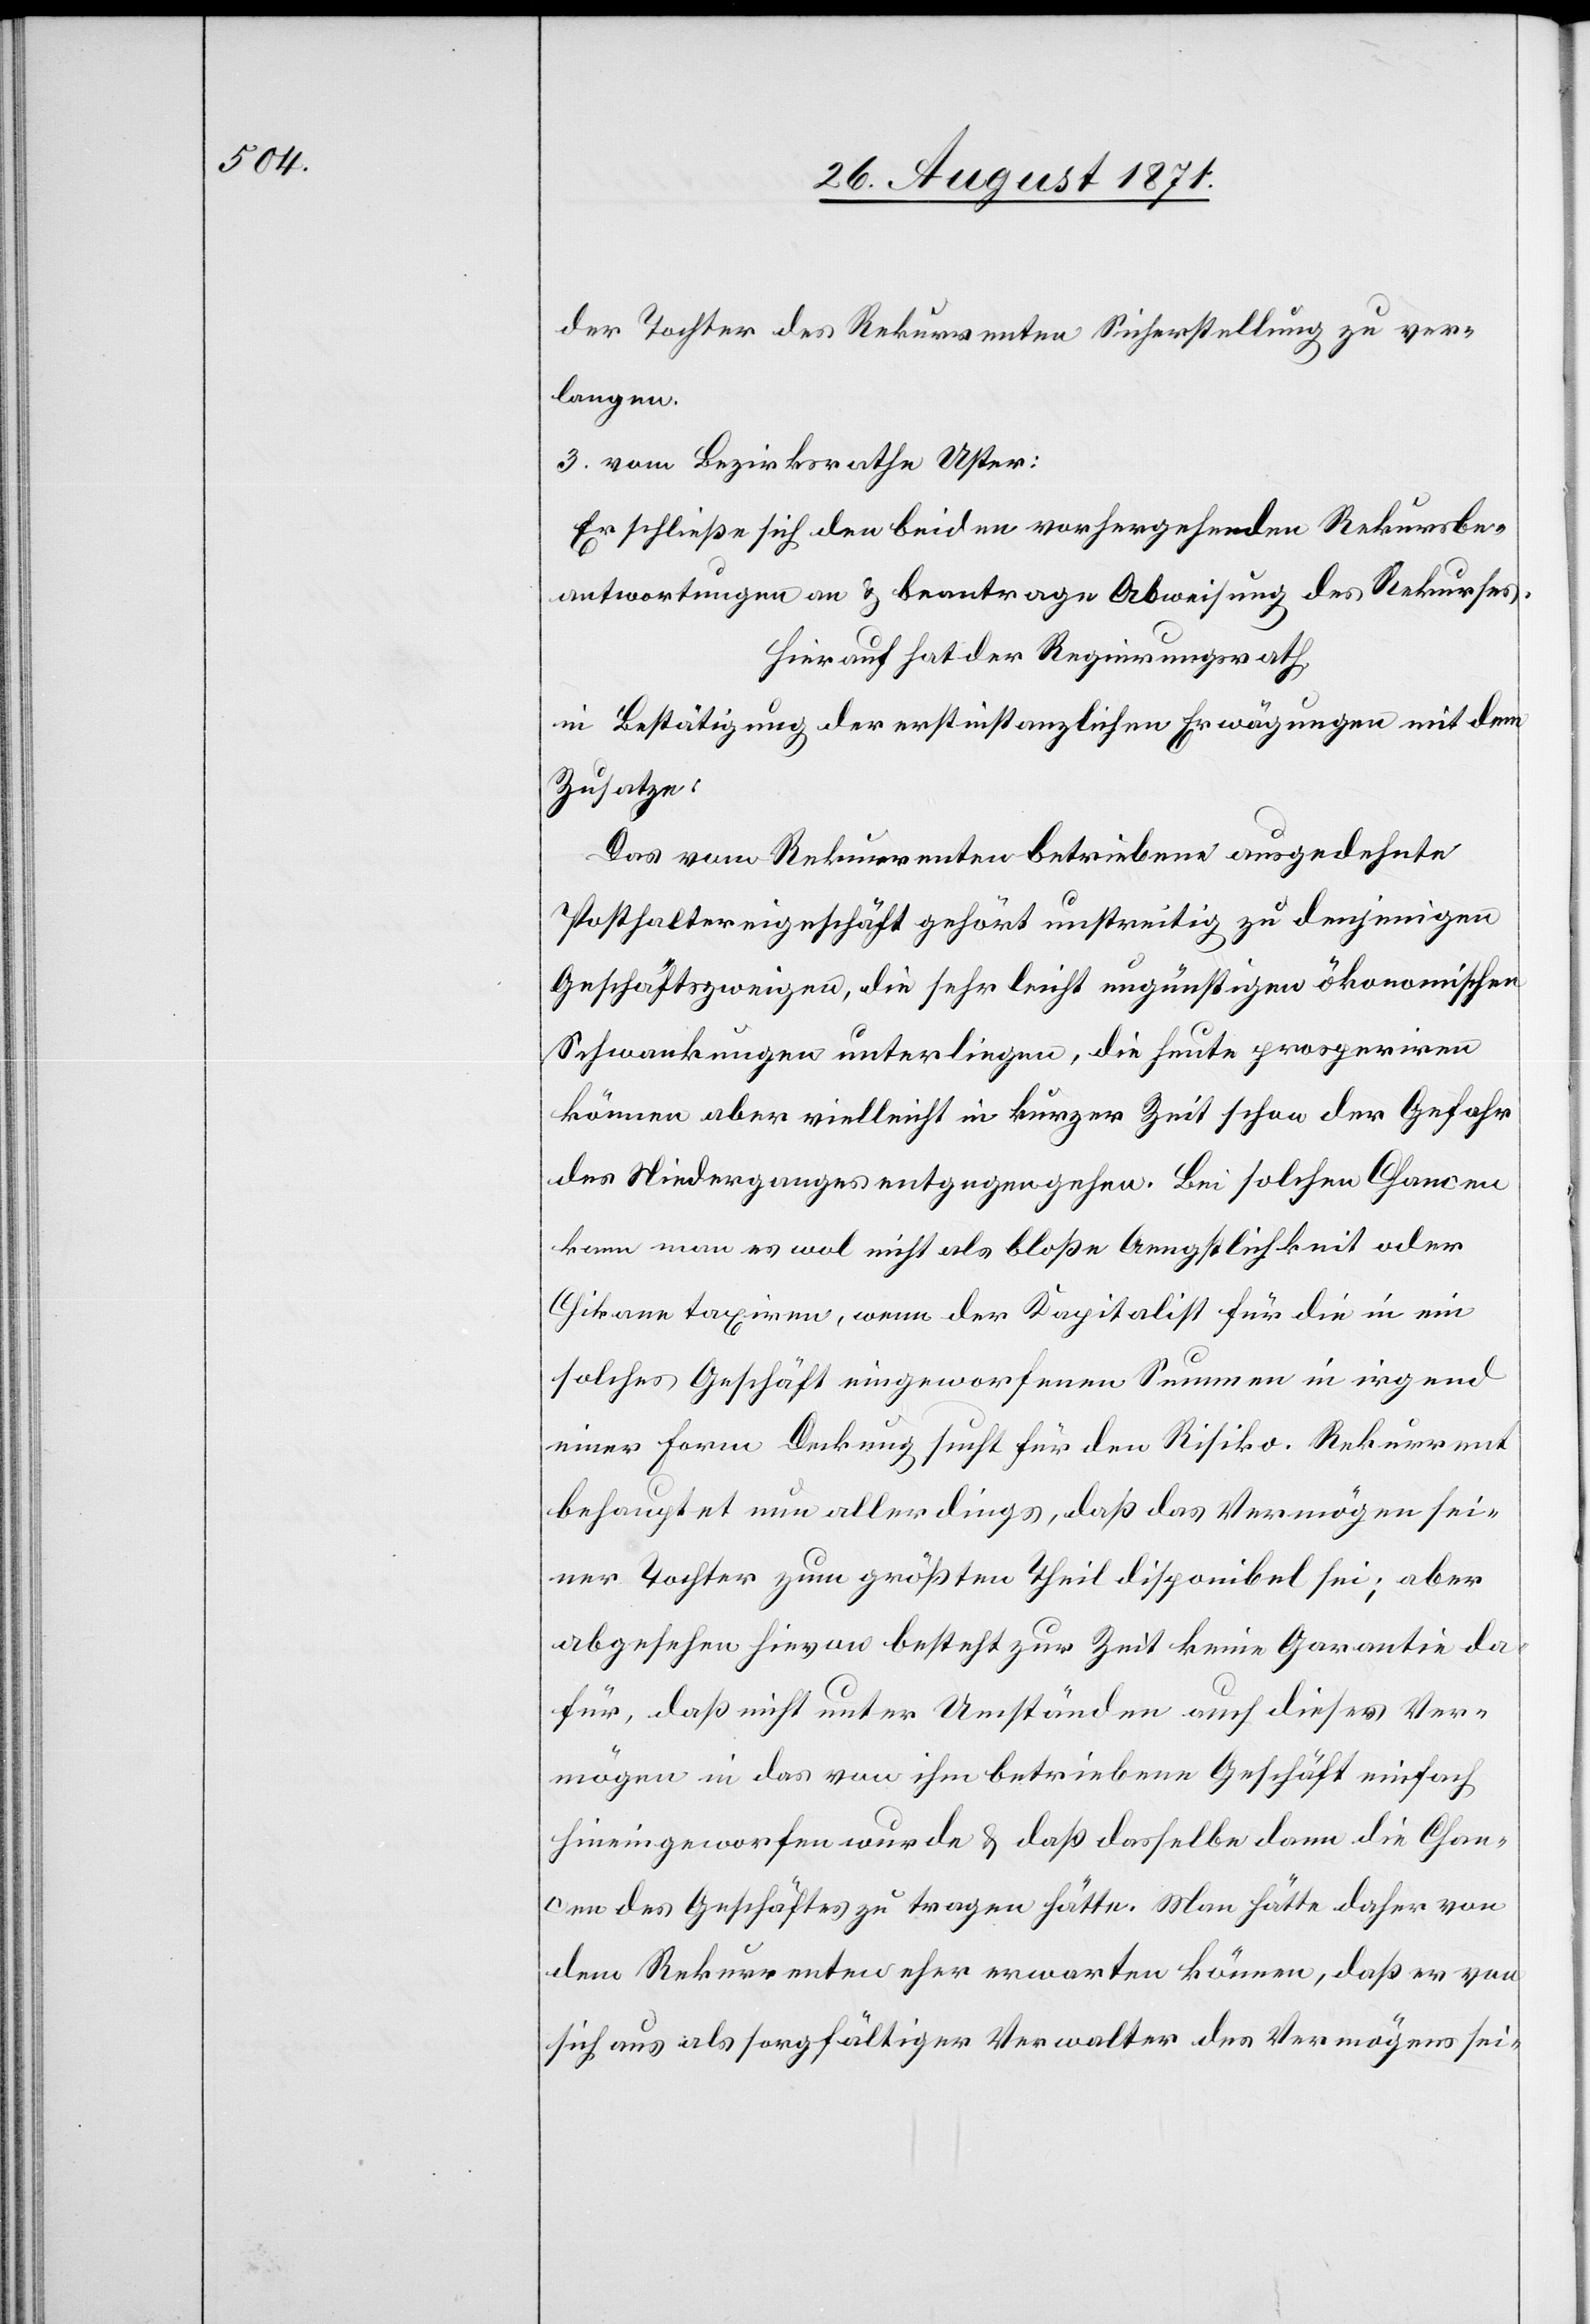
der Tochter des Rekurrenten Sicherstellung zu ver¬
langen.
3. vom Bezirksrathe Uster:
Er schließe sich den beiden vorhergehenden Rekursbe¬
antwortungen an & beantrage Abweisung des Rekurses.
Hierauf hat der Regierungsrath
in Bestätigung der erstinstanzlichen Erwägungen mit dem
Zusatze:
Das vom Rekurrenten betriebene ausgedehnte
Posthaltereigeschäft gehört unstreitig zu denjenigen
Geschäftszweigen, die sehr leicht ungünstigen ökonomischen
Schwankungen unterliegen, die heute prosperiren
können aber vielleicht in kurzer Zeit schon der Gefahr
des Niederganges entgegengehen. Bei solchen Chancen
kann man es wohl nicht als bloße Aengstlichkeit oder
Chikane taxiren, wenn der Kapitalist für die in ein
solches Geschäft eingeworfenen Summen in irgend¬
einer Form Deckung sucht für den [sic!] Risiko. Rekurrent
behauptet nun allerdings, daß das Vermögen sei¬
ner Tochter zum größten Theil disponibel sei; aber
abgesehen hievon besteht zur Zeit keine Garantie da¬
für, daß nicht unter Umständen auf dieses Ver¬
mögen in das von ihm betriebene Geschäft einfach
hineingeworfen werde & daß dasselbe dann die Chan¬
cen des Geschäftes zu tragen hätte. Man hätte daher von
dem Rekurrenten eher erwarten können, daß er von
sich aus als sorgfältiger Verwalter des Vermögens sei-